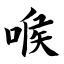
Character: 喉